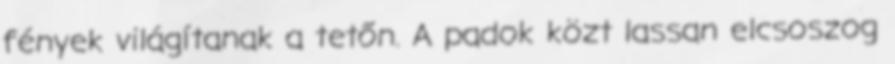
fények világítanak a tetőn. A padok közt lassan elcsoszog